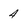
Character: 4